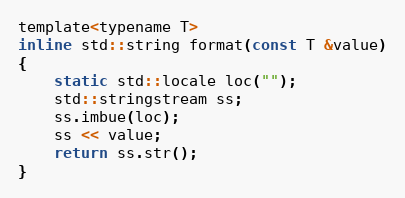
Language: C
template<typename T>
inline std::string format(const T &value)
{
    static std::locale loc("");
    std::stringstream ss;
    ss.imbue(loc);
    ss << value;
    return ss.str();
}